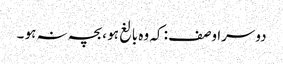
دوسرا وصف : کہ وہ بالغ ہو ،بچہ نہ ہو ۔